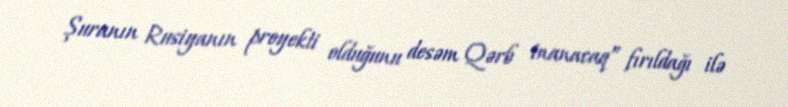
Şuranın Rusiyanın proyekti olduğunu desəm Qərb inanacaq” fırıldağı ilə